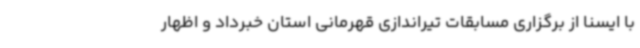
با ایسنا از برگزاری مسابقات تیراندازی قهرمانی استان خبرداد و اظهار